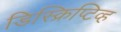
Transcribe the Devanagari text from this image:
डिस्क्रिप्टिव्ह